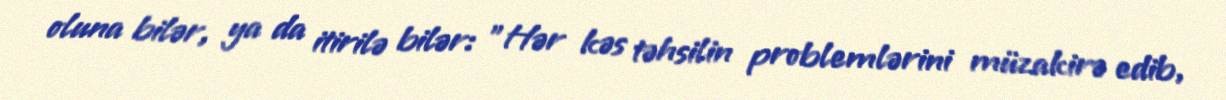
oluna bilər, ya da itirilə bilər: "Hər kəs təhsilin problemlərini müzakirə edib,